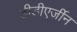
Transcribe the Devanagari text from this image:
डीडीएर्जीन